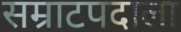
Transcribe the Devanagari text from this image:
सम्राटपदाला